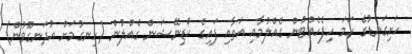
ހަށިގަނޑުގެ ހަމަ ހިފެހެއްޓުން ގެއްލުމާއި އަތާއި ފައިގެ ކޯޑިނޭޝަން ގެއްލުން (ހިނގުމަށް އުދަނގޫވުން)